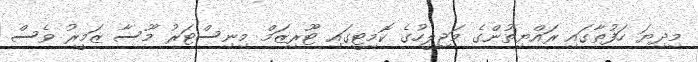
މިދިޔަ ހަފުތާގައި ރައްޔިތުންގެ މަޖިލީހުގެ ކޮމިޓީގައި ޓޫރިޒަމް މިނިސްޓަރު މޫސާ ޒަމީރު ވެސް